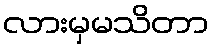
လားမှမသိတာ